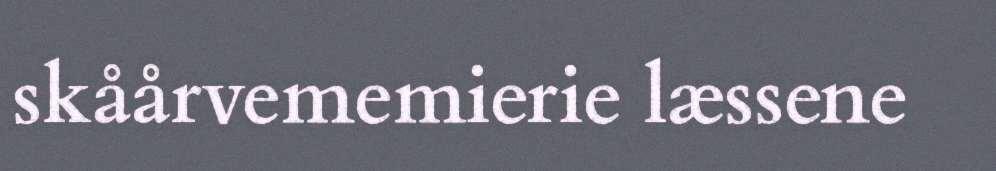
skåårvememierie læssene